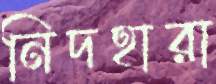
নিদহারা